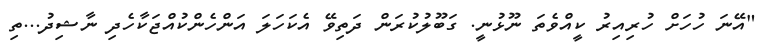
"އޭނަ ހުހަށް ހުރިއިރު ކީއްވެތަ ނޫޅުނީ. ގަބޫލުކުރަން ދަތިވޭ އެކަހަލަ އަންހެންކުއްޖަކާހެދި ނާޝިދު...ތި